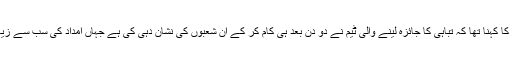
اِس طرح سے اُن کا کہنا تھا کہ تباہی کا جائزہ لینے والی ٹیم نے دو دن بعد ہی کام کر کے اُن شعبوں کی نشان دہی کی ہے جہاں امداد کی سب سے زیادہ ضرورت ہے۔